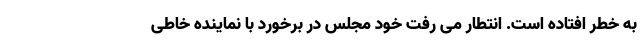
به خطر افتاده است. انتطار می رفت خود مجلس در برخورد با نماینده خاطی